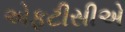
એફટીસીએ